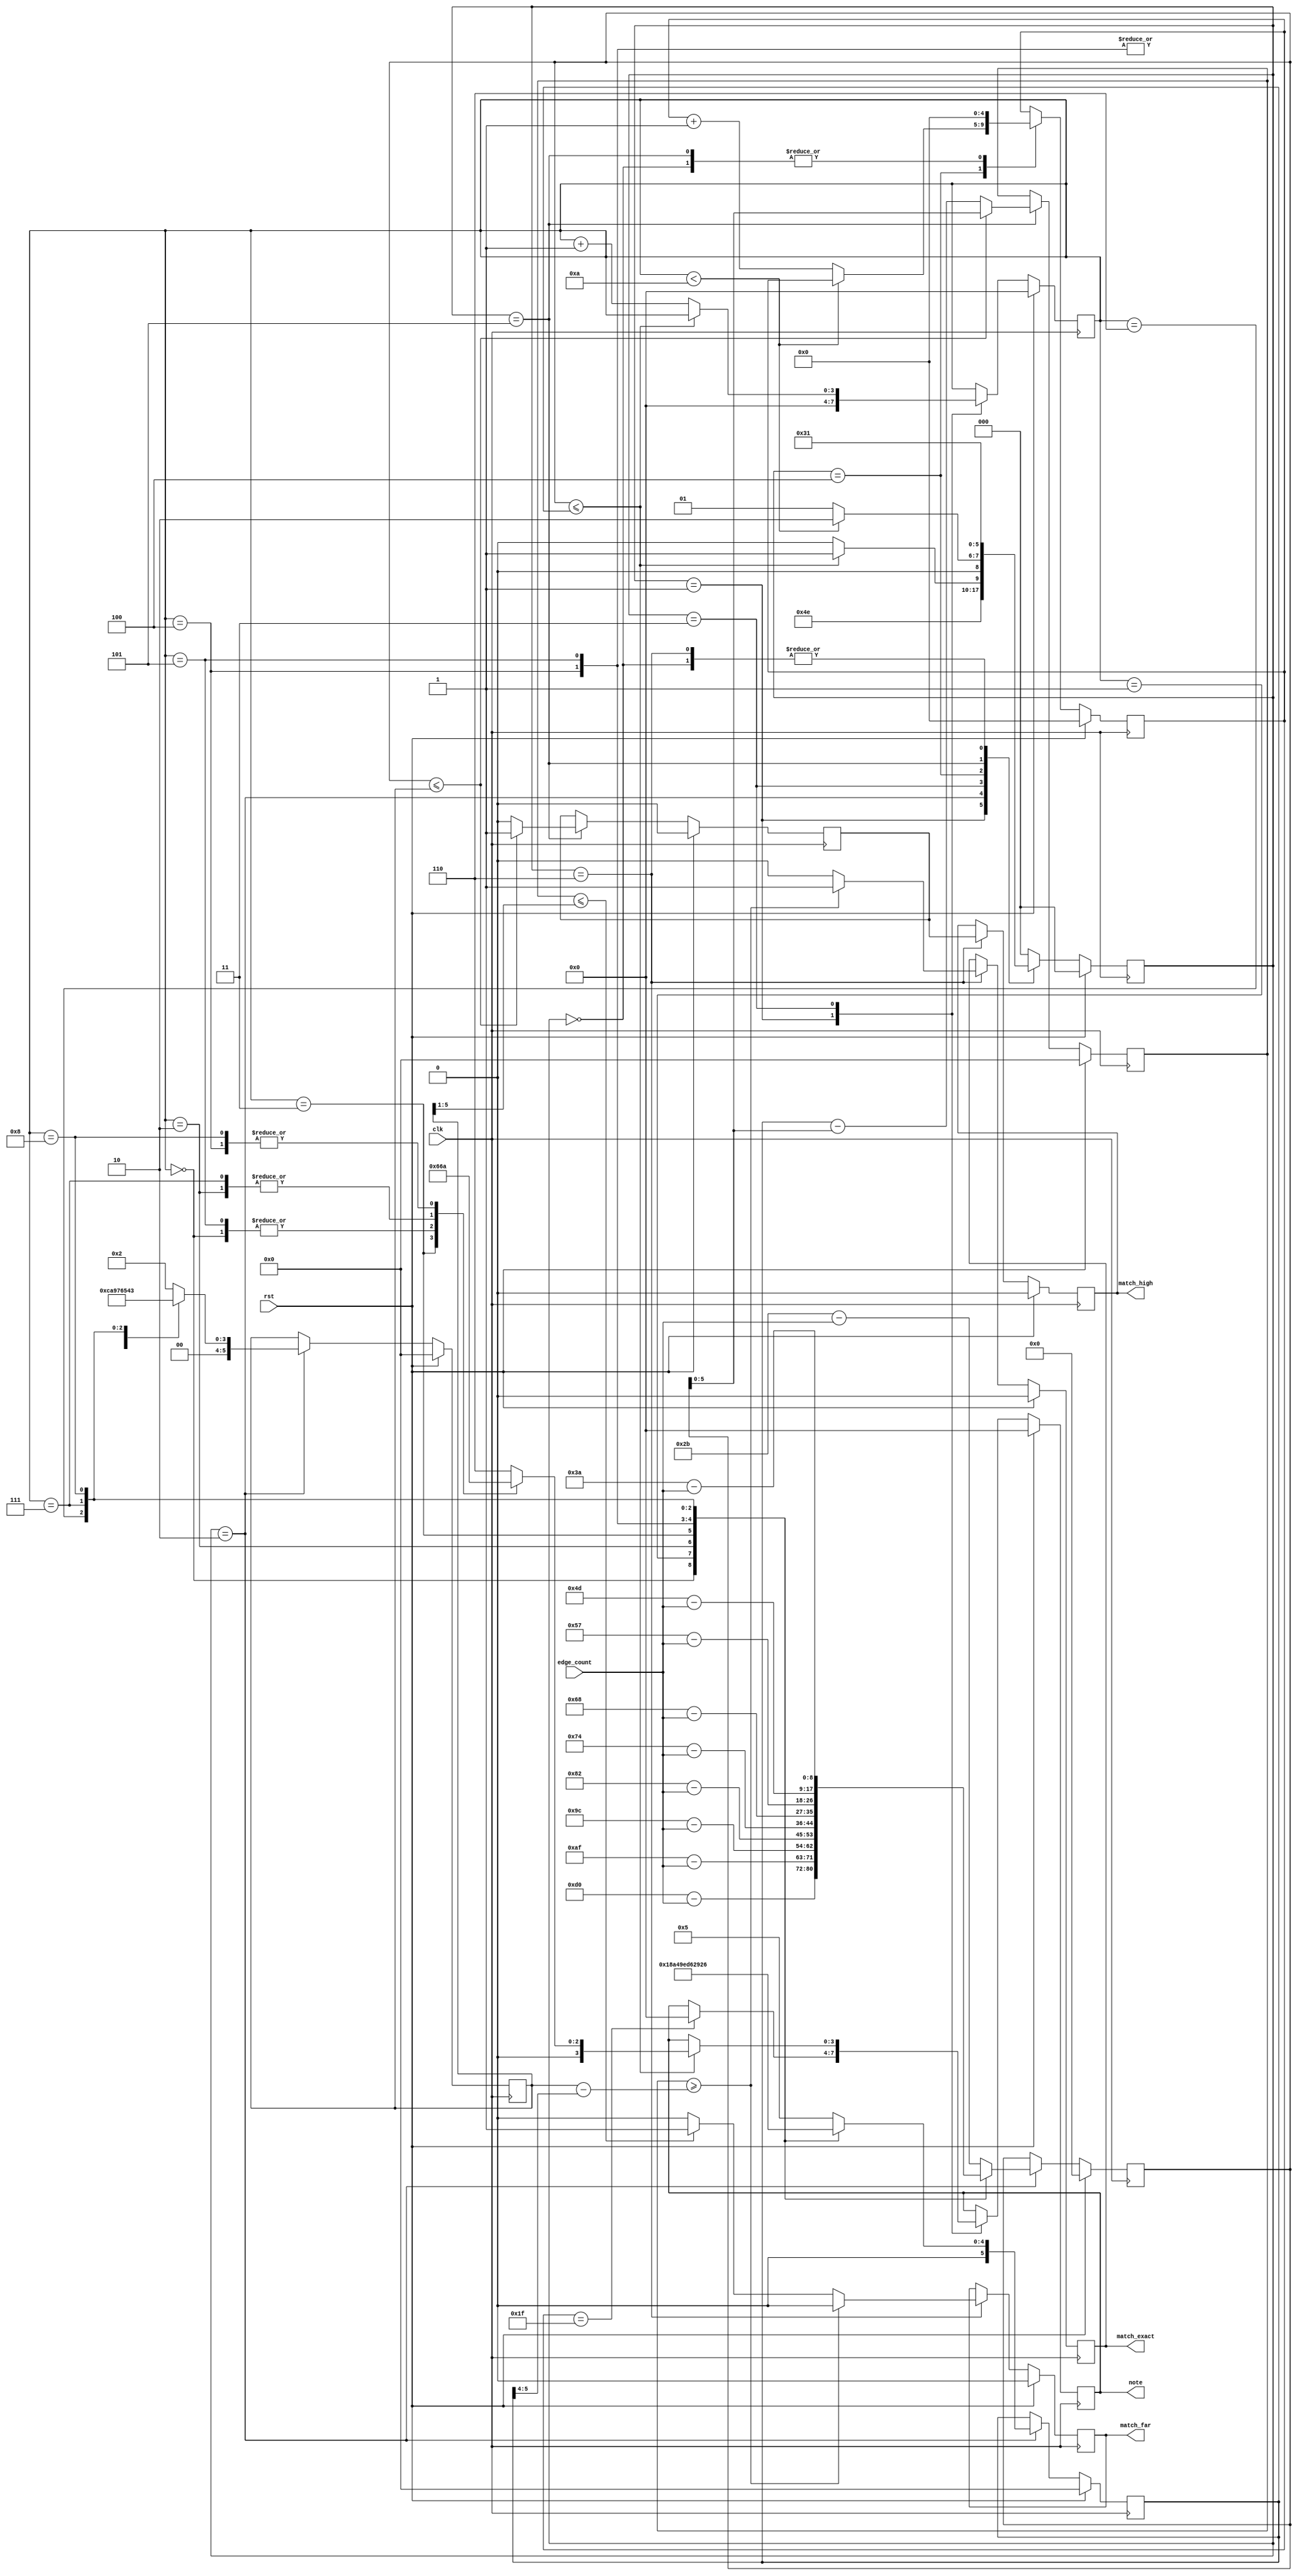
`default_nettype none
`timescale 1ns/1ps
/* Generated by Amaranth Yosys 0.25 (PyPI ver 0.25.0.0.post69, git sha1 e02b7f64b) */

module discriminator(rst, edge_count, note, match_exact, match_high, match_far, clk);
  reg \$auto$verilog_backend.cc:2083:dump_module$1  = 0;
  wire \$1 ;
  wire \$10 ;
  wire \$101 ;
  wire [4:0] \$12 ;
  wire [4:0] \$13 ;
  wire \$15 ;
  wire \$17 ;
  wire [3:0] \$19 ;
  wire [3:0] \$20 ;
  wire [3:0] \$22 ;
  wire [3:0] \$24 ;
  wire [3:0] \$26 ;
  wire [3:0] \$28 ;
  wire \$3 ;
  wire [3:0] \$30 ;
  wire [3:0] \$32 ;
  wire [3:0] \$34 ;
  wire [3:0] \$36 ;
  wire [3:0] \$38 ;
  wire [8:0] \$40 ;
  wire [8:0] \$42 ;
  wire [8:0] \$44 ;
  wire [8:0] \$46 ;
  wire [8:0] \$48 ;
  wire \$5 ;
  wire [8:0] \$50 ;
  wire [8:0] \$52 ;
  wire [8:0] \$54 ;
  wire [8:0] \$56 ;
  wire [8:0] \$58 ;
  wire [5:0] \$60 ;
  wire [5:0] \$62 ;
  wire [5:0] \$64 ;
  wire [5:0] \$66 ;
  wire [5:0] \$68 ;
  wire [5:0] \$7 ;
  wire [5:0] \$70 ;
  wire [5:0] \$72 ;
  wire [5:0] \$74 ;
  wire [5:0] \$76 ;
  wire [5:0] \$78 ;
  wire [5:0] \$8 ;
  wire \$80 ;
  wire [9:0] \$82 ;
  wire [9:0] \$83 ;
  wire \$85 ;
  wire [5:0] \$87 ;
  wire [6:0] \$89 ;
  wire \$91 ;
  wire [5:0] \$93 ;
  wire [6:0] \$95 ;
  wire \$97 ;
  wire [5:0] \$99 ;
  input clk;
  wire clk;
  reg [3:0] curNoteIndex = 4'h0;
  reg [3:0] \curNoteIndex$next ;
  (* enum_base_type = "DiscriminatorState" *)
  (* enum_value_000 = "PowerUp" *)
  (* enum_value_001 = "Init" *)
  (* enum_value_010 = "CalculateDiffFromTarget" *)
  (* enum_value_011 = "Compare" *)
  (* enum_value_100 = "MovedToNextCheckBounds" *)
  (* enum_value_101 = "DetectedValidNote" *)
  (* enum_value_110 = "DisplayResult" *)
  reg [2:0] curState = 3'h0;
  reg [2:0] \curState$next ;
  reg [5:0] detectionWindow = 6'h00;
  reg [5:0] \detectionWindow$next ;
  reg [5:0] detectionWindowMidPoint = 6'h00;
  reg [5:0] \detectionWindowMidPoint$next ;
  input [7:0] edge_count;
  wire [7:0] edge_count;
  reg inputFreqHigher = 1'h0;
  reg \inputFreqHigher$next ;
  output match_exact;
  reg match_exact = 1'h0;
  reg \match_exact$next ;
  output match_far;
  reg match_far = 1'h0;
  reg \match_far$next ;
  output match_high;
  reg match_high = 1'h0;
  reg \match_high$next ;
  reg [4:0] noMatchCount = 5'h00;
  reg [4:0] \noMatchCount$next ;
  output [3:0] note;
  reg [3:0] note = 4'h0;
  reg [3:0] \note$next ;
  reg [5:0] readingProximityResult = 6'h00;
  reg [5:0] \readingProximityResult$next ;
  input rst;
  wire rst;
  reg [8:0] subtractResult = 9'h000;
  reg [8:0] \subtractResult$next ;
  assign \$101  = readingProximityResult <= \$99 ;
  always @(posedge clk)
    curState <= \curState$next ;
  always @(posedge clk)
    noMatchCount <= \noMatchCount$next ;
  always @(posedge clk)
    curNoteIndex <= \curNoteIndex$next ;
  always @(posedge clk)
    note <= \note$next ;
  always @(posedge clk)
    subtractResult <= \subtractResult$next ;
  always @(posedge clk)
    detectionWindow <= \detectionWindow$next ;
  always @(posedge clk)
    detectionWindowMidPoint <= \detectionWindowMidPoint$next ;
  assign \$10  = subtractResult <= detectionWindow;
  always @(posedge clk)
    readingProximityResult <= \readingProximityResult$next ;
  always @(posedge clk)
    inputFreqHigher <= \inputFreqHigher$next ;
  always @(posedge clk)
    match_exact <= \match_exact$next ;
  always @(posedge clk)
    match_far <= \match_far$next ;
  always @(posedge clk)
    match_high <= \match_high$next ;
  assign \$13  = curNoteIndex + 1'h1;
  assign \$15  = noMatchCount == 5'h1f;
  assign \$17  = subtractResult <= detectionWindow;
  assign \$1  = subtractResult <= detectionWindow;
  assign \$3  = curNoteIndex < 4'ha;
  assign \$40  = 8'hd0 - edge_count;
  assign \$42  = 8'haf - edge_count;
  assign \$44  = 8'h9c - edge_count;
  assign \$46  = 8'h82 - edge_count;
  assign \$48  = 8'h74 - edge_count;
  assign \$50  = 8'h68 - edge_count;
  assign \$52  = 8'h57 - edge_count;
  assign \$54  = 8'h4d - edge_count;
  assign \$56  = 8'h3a - edge_count;
  assign \$58  = 8'h2b - edge_count;
  assign \$5  = curNoteIndex < 4'ha;
  assign \$80  = subtractResult <= detectionWindowMidPoint;
  assign \$83  = detectionWindow - subtractResult;
  assign \$85  = subtractResult <= detectionWindowMidPoint;
  assign \$8  = noMatchCount + 1'h1;
  assign \$89  = detectionWindowMidPoint - \$87 ;
  assign \$91  = readingProximityResult >= \$89 ;
  assign \$95  = detectionWindowMidPoint - \$93 ;
  assign \$97  = readingProximityResult >= \$95 ;
  always @* begin
    if (\$auto$verilog_backend.cc:2083:dump_module$1 ) begin end
    (* full_case = 32'd1 *)
    casez (curState)
      3'h0:
          \curState$next  = 3'h1;
      3'h1:
          \curState$next  = 3'h2;
      3'h2:
          \curState$next  = 3'h3;
      3'h3:
          (* full_case = 32'd1 *)
          casez (\$1 )
            1'h1:
                \curState$next  = 3'h5;
            default:
                \curState$next  = 3'h4;
          endcase
      3'h4:
          (* full_case = 32'd1 *)
          casez (\$3 )
            1'h1:
                \curState$next  = 3'h2;
            default:
                \curState$next  = 3'h1;
          endcase
      3'h5:
          \curState$next  = 3'h6;
      3'h6:
          \curState$next  = 3'h1;
      default:
          \curState$next  = 3'h0;
    endcase
    casez (rst)
      1'h1:
          \curState$next  = 3'h0;
    endcase
  end
  always @* begin
    if (\$auto$verilog_backend.cc:2083:dump_module$1 ) begin end
    \noMatchCount$next  = noMatchCount;
    casez (curState)
      3'h0:
          \noMatchCount$next  = 5'h00;
      3'h1:
          /* empty */;
      3'h2:
          /* empty */;
      3'h3:
          /* empty */;
      3'h4:
          (* full_case = 32'd1 *)
          casez (\$5 )
            1'h1:
                /* empty */;
            default:
                \noMatchCount$next  = \$8 [4:0];
          endcase
      3'h5:
          \noMatchCount$next  = 5'h00;
    endcase
    casez (rst)
      1'h1:
          \noMatchCount$next  = 5'h00;
    endcase
  end
  always @* begin
    if (\$auto$verilog_backend.cc:2083:dump_module$1 ) begin end
    \match_far$next  = match_far;
    casez (curState)
      3'h0:
          /* empty */;
      3'h1:
          /* empty */;
      3'h2:
          /* empty */;
      3'h3:
          /* empty */;
      3'h4:
          /* empty */;
      3'h5:
          /* empty */;
      3'h6:
          (* full_case = 32'd1 *)
          casez (\$97 )
            1'h1:
                \match_far$next  = 1'h0;
            default:
                (* full_case = 32'd1 *)
                casez (\$101 )
                  1'h1:
                      \match_far$next  = 1'h1;
                  default:
                      \match_far$next  = 1'h0;
                endcase
          endcase
    endcase
    casez (rst)
      1'h1:
          \match_far$next  = 1'h0;
    endcase
  end
  always @* begin
    if (\$auto$verilog_backend.cc:2083:dump_module$1 ) begin end
    \match_high$next  = match_high;
    casez (curState)
      3'h0:
          /* empty */;
      3'h1:
          /* empty */;
      3'h2:
          /* empty */;
      3'h3:
          /* empty */;
      3'h4:
          /* empty */;
      3'h5:
          /* empty */;
      3'h6:
          \match_high$next  = inputFreqHigher;
    endcase
    casez (rst)
      1'h1:
          \match_high$next  = 1'h0;
    endcase
  end
  always @* begin
    if (\$auto$verilog_backend.cc:2083:dump_module$1 ) begin end
    \curNoteIndex$next  = curNoteIndex;
    casez (curState)
      3'h0:
          /* empty */;
      3'h1:
          \curNoteIndex$next  = 4'h0;
      3'h2:
          /* empty */;
      3'h3:
          (* full_case = 32'd1 *)
          casez (\$10 )
            1'h1:
                /* empty */;
            default:
                \curNoteIndex$next  = \$13 [3:0];
          endcase
    endcase
    casez (rst)
      1'h1:
          \curNoteIndex$next  = 4'h0;
    endcase
  end
  always @* begin
    if (\$auto$verilog_backend.cc:2083:dump_module$1 ) begin end
    \note$next  = note;
    casez (curState)
      3'h0:
          /* empty */;
      3'h1:
          casez (\$15 )
            1'h1:
                \note$next  = 4'h0;
          endcase
      3'h2:
          /* empty */;
      3'h3:
          casez (\$17 )
            1'h1:
                (* full_case = 32'd1 *)
                casez (curNoteIndex)
                  4'h0:
                      \note$next  = \$20 ;
                  4'h1:
                      \note$next  = \$22 ;
                  4'h2:
                      \note$next  = \$24 ;
                  4'h3:
                      \note$next  = \$26 ;
                  4'h4:
                      \note$next  = \$28 ;
                  4'h5:
                      \note$next  = \$30 ;
                  4'h6:
                      \note$next  = \$32 ;
                  4'h7:
                      \note$next  = \$34 ;
                  4'h8:
                      \note$next  = \$36 ;
                  4'h?:
                      \note$next  = \$38 ;
                endcase
          endcase
    endcase
    casez (rst)
      1'h1:
          \note$next  = 4'h0;
    endcase
  end
  always @* begin
    if (\$auto$verilog_backend.cc:2083:dump_module$1 ) begin end
    \subtractResult$next  = subtractResult;
    casez (curState)
      3'h0:
          /* empty */;
      3'h1:
          /* empty */;
      3'h2:
          (* full_case = 32'd1 *)
          casez (curNoteIndex)
            4'h0:
                \subtractResult$next  = \$40 ;
            4'h1:
                \subtractResult$next  = \$42 ;
            4'h2:
                \subtractResult$next  = \$44 ;
            4'h3:
                \subtractResult$next  = \$46 ;
            4'h4:
                \subtractResult$next  = \$48 ;
            4'h5:
                \subtractResult$next  = \$50 ;
            4'h6:
                \subtractResult$next  = \$52 ;
            4'h7:
                \subtractResult$next  = \$54 ;
            4'h8:
                \subtractResult$next  = \$56 ;
            4'h?:
                \subtractResult$next  = \$58 ;
          endcase
    endcase
    casez (rst)
      1'h1:
          \subtractResult$next  = 9'h000;
    endcase
  end
  always @* begin
    if (\$auto$verilog_backend.cc:2083:dump_module$1 ) begin end
    \detectionWindow$next  = detectionWindow;
    casez (curState)
      3'h0:
          /* empty */;
      3'h1:
          /* empty */;
      3'h2:
          (* full_case = 32'd1 *)
          casez (curNoteIndex)
            4'h0:
                \detectionWindow$next  = 6'h18;
            4'h1:
                \detectionWindow$next  = 6'h14;
            4'h2:
                \detectionWindow$next  = 6'h12;
            4'h3:
                \detectionWindow$next  = 6'h0f;
            4'h4:
                \detectionWindow$next  = 6'h0d;
            4'h5:
                \detectionWindow$next  = 6'h0c;
            4'h6:
                \detectionWindow$next  = 6'h0a;
            4'h7:
                \detectionWindow$next  = 6'h09;
            4'h8:
                \detectionWindow$next  = 6'h06;
            4'h?:
                \detectionWindow$next  = 6'h05;
          endcase
    endcase
    casez (rst)
      1'h1:
          \detectionWindow$next  = 6'h00;
    endcase
  end
  always @* begin
    if (\$auto$verilog_backend.cc:2083:dump_module$1 ) begin end
    \detectionWindowMidPoint$next  = detectionWindowMidPoint;
    casez (curState)
      3'h0:
          /* empty */;
      3'h1:
          /* empty */;
      3'h2:
          (* full_case = 32'd1 *)
          casez (curNoteIndex)
            4'h0:
                \detectionWindowMidPoint$next  = \$60 ;
            4'h1:
                \detectionWindowMidPoint$next  = \$62 ;
            4'h2:
                \detectionWindowMidPoint$next  = \$64 ;
            4'h3:
                \detectionWindowMidPoint$next  = \$66 ;
            4'h4:
                \detectionWindowMidPoint$next  = \$68 ;
            4'h5:
                \detectionWindowMidPoint$next  = \$70 ;
            4'h6:
                \detectionWindowMidPoint$next  = \$72 ;
            4'h7:
                \detectionWindowMidPoint$next  = \$74 ;
            4'h8:
                \detectionWindowMidPoint$next  = \$76 ;
            4'h?:
                \detectionWindowMidPoint$next  = \$78 ;
          endcase
    endcase
    casez (rst)
      1'h1:
          \detectionWindowMidPoint$next  = 6'h00;
    endcase
  end
  always @* begin
    if (\$auto$verilog_backend.cc:2083:dump_module$1 ) begin end
    \readingProximityResult$next  = readingProximityResult;
    casez (curState)
      3'h0:
          /* empty */;
      3'h1:
          /* empty */;
      3'h2:
          /* empty */;
      3'h3:
          /* empty */;
      3'h4:
          /* empty */;
      3'h5:
          (* full_case = 32'd1 *)
          casez (\$80 )
            1'h1:
                \readingProximityResult$next  = subtractResult[5:0];
            default:
                \readingProximityResult$next  = \$83 [5:0];
          endcase
    endcase
    casez (rst)
      1'h1:
          \readingProximityResult$next  = 6'h00;
    endcase
  end
  always @* begin
    if (\$auto$verilog_backend.cc:2083:dump_module$1 ) begin end
    \inputFreqHigher$next  = inputFreqHigher;
    casez (curState)
      3'h0:
          /* empty */;
      3'h1:
          /* empty */;
      3'h2:
          /* empty */;
      3'h3:
          /* empty */;
      3'h4:
          /* empty */;
      3'h5:
          (* full_case = 32'd1 *)
          casez (\$85 )
            1'h1:
                \inputFreqHigher$next  = 1'h1;
            default:
                \inputFreqHigher$next  = 1'h0;
          endcase
    endcase
    casez (rst)
      1'h1:
          \inputFreqHigher$next  = 1'h0;
    endcase
  end
  always @* begin
    if (\$auto$verilog_backend.cc:2083:dump_module$1 ) begin end
    \match_exact$next  = match_exact;
    casez (curState)
      3'h0:
          /* empty */;
      3'h1:
          /* empty */;
      3'h2:
          /* empty */;
      3'h3:
          /* empty */;
      3'h4:
          /* empty */;
      3'h5:
          /* empty */;
      3'h6:
          (* full_case = 32'd1 *)
          casez (\$91 )
            1'h1:
                \match_exact$next  = 1'h1;
            default:
                \match_exact$next  = 1'h0;
          endcase
    endcase
    casez (rst)
      1'h1:
          \match_exact$next  = 1'h0;
    endcase
  end
  assign \$7  = \$8 ;
  assign \$12  = \$13 ;
  assign \$82  = \$83 ;
  assign \$20  = 4'h1;
  assign \$22  = 4'h6;
  assign \$24  = 4'h5;
  assign \$26  = 4'h3;
  assign \$28  = 4'h2;
  assign \$30  = 4'h1;
  assign \$32  = 4'h6;
  assign \$34  = 4'h5;
  assign \$36  = 4'h2;
  assign \$38  = 4'h6;
  assign \$60  = 6'h0c;
  assign \$62  = 6'h0a;
  assign \$64  = 6'h09;
  assign \$66  = 6'h07;
  assign \$68  = 6'h06;
  assign \$70  = 6'h06;
  assign \$72  = 6'h05;
  assign \$74  = 6'h04;
  assign \$76  = 6'h03;
  assign \$78  = 6'h02;
  assign \$87  = { 4'h0, detectionWindow[5:4] };
  assign \$93  = { 4'h0, detectionWindow[5:4] };
  assign \$99  = { 1'h0, detectionWindowMidPoint[5:1] };
endmodule

module display(rst, valueNote, valueProxim, segments, proximitySelect, clk);
  reg \$auto$verilog_backend.cc:2083:dump_module$2  = 0;
  wire \$1 ;
  input clk;
  wire clk;
  wire [7:0] notedisplay_segments;
  reg [2:0] notedisplay_value = 3'h0;
  reg [2:0] \notedisplay_value$next ;
  wire [7:0] proxdisplay_segments;
  reg [2:0] proxdisplay_value = 3'h0;
  reg [2:0] \proxdisplay_value$next ;
  output proximitySelect;
  reg proximitySelect = 1'h0;
  reg \proximitySelect$next ;
  input rst;
  wire rst;
  output [7:0] segments;
  reg [7:0] segments = 8'h00;
  reg [7:0] \segments$next ;
  input [3:0] valueNote;
  wire [3:0] valueNote;
  input [2:0] valueProxim;
  wire [2:0] valueProxim;
  assign \$1  = ! valueNote;
  always @(posedge clk)
    notedisplay_value <= \notedisplay_value$next ;
  always @(posedge clk)
    proxdisplay_value <= \proxdisplay_value$next ;
  always @(posedge clk)
    proximitySelect <= \proximitySelect$next ;
  always @(posedge clk)
    segments <= \segments$next ;
  notedisplay notedisplay (
    .clk(clk),
    .rst(rst),
    .segments(notedisplay_segments),
    .value(notedisplay_value)
  );
  proxdisplay proxdisplay (
    .clk(clk),
    .rst(rst),
    .segments(proxdisplay_segments),
    .value(proxdisplay_value)
  );
  always @* begin
    if (\$auto$verilog_backend.cc:2083:dump_module$2 ) begin end
    \notedisplay_value$next  = valueNote[2:0];
    casez (rst)
      1'h1:
          \notedisplay_value$next  = 3'h0;
    endcase
  end
  always @* begin
    if (\$auto$verilog_backend.cc:2083:dump_module$2 ) begin end
    \proxdisplay_value$next  = valueProxim;
    casez (rst)
      1'h1:
          \proxdisplay_value$next  = 3'h0;
    endcase
  end
  always @* begin
    if (\$auto$verilog_backend.cc:2083:dump_module$2 ) begin end
    \proximitySelect$next  = 1'h1;
    casez (proximitySelect)
      1'h1:
          \proximitySelect$next  = 1'h0;
    endcase
    casez (rst)
      1'h1:
          \proximitySelect$next  = 1'h0;
    endcase
  end
  always @* begin
    if (\$auto$verilog_backend.cc:2083:dump_module$2 ) begin end
    (* full_case = 32'd1 *)
    casez (proximitySelect)
      1'h1:
          (* full_case = 32'd1 *)
          casez (\$1 )
            1'h1:
                \segments$next  = notedisplay_segments;
            default:
                \segments$next  = proxdisplay_segments;
          endcase
      default:
          \segments$next  = notedisplay_segments;
    endcase
    casez (rst)
      1'h1:
          \segments$next  = 8'h00;
    endcase
  end
endmodule

module edge_detect(rst, \input , \output , clk);
  reg \$auto$verilog_backend.cc:2083:dump_module$3  = 0;
  wire \$1 ;
  wire \$3 ;
  input clk;
  wire clk;
  wire ffsync_syncOut;
  input \input ;
  wire \input ;
  output \output ;
  reg \output  = 1'h0;
  reg \output$next ;
  input rst;
  wire rst;
  reg seenRising = 1'h0;
  reg \seenRising$next ;
  assign \$1  = ~ seenRising;
  assign \$3  = ~ seenRising;
  always @(posedge clk)
    \output  <= \output$next ;
  always @(posedge clk)
    seenRising <= \seenRising$next ;
  ffsync ffsync (
    .clk(clk),
    .\input (\input ),
    .rst(rst),
    .syncOut(ffsync_syncOut)
  );
  always @* begin
    if (\$auto$verilog_backend.cc:2083:dump_module$3 ) begin end
    \output$next  = 1'h0;
    casez (ffsync_syncOut)
      1'h1:
          casez (\$1 )
            1'h1:
                \output$next  = 1'h1;
          endcase
    endcase
    casez (rst)
      1'h1:
          \output$next  = 1'h0;
    endcase
  end
  always @* begin
    if (\$auto$verilog_backend.cc:2083:dump_module$3 ) begin end
    \seenRising$next  = seenRising;
    (* full_case = 32'd1 *)
    casez (ffsync_syncOut)
      1'h1:
          casez (\$3 )
            1'h1:
                \seenRising$next  = 1'h1;
          endcase
      default:
          \seenRising$next  = 1'h0;
    endcase
    casez (rst)
      1'h1:
          \seenRising$next  = 1'h0;
    endcase
  end
endmodule

module ffsync(rst, \input , syncOut, clk);
  input clk;
  wire clk;
  input \input ;
  wire \input ;
  input rst;
  wire rst;
  reg stage0 = 1'h0;
  wire \stage0$next ;
  reg stage1 = 1'h0;
  wire \stage1$next ;
  output syncOut;
  wire syncOut;
  always @(posedge clk)
    stage0 <= \stage0$next ;
  always @(posedge clk)
    stage1 <= \stage1$next ;
  assign syncOut = stage1;
  assign \stage1$next  = stage0;
  assign \stage0$next  = \input ;
endmodule

module notedisplay(rst, value, segments, clk);
  reg \$auto$verilog_backend.cc:2083:dump_module$4  = 0;
  wire \$1 ;
  input clk;
  wire clk;
  input rst;
  wire rst;
  output [7:0] segments;
  reg [7:0] segments = 8'h00;
  reg [7:0] \segments$next ;
  input [2:0] value;
  wire [2:0] value;
  assign \$1  = value < 4'h8;
  always @(posedge clk)
    segments <= \segments$next ;
  always @* begin
    if (\$auto$verilog_backend.cc:2083:dump_module$4 ) begin end
    \segments$next  = 8'h00;
    casez (\$1 )
      1'h1:
          (* full_case = 32'd1 *)
          casez (value)
            3'h0:
                \segments$next  = 8'h02;
            3'h1:
                \segments$next  = 8'hf6;
            3'h2:
                \segments$next  = 8'hee;
            3'h3:
                \segments$next  = 8'h3e;
            3'h4:
                \segments$next  = 8'h9c;
            3'h5:
                \segments$next  = 8'h7a;
            3'h6:
                \segments$next  = 8'h9e;
            3'h?:
                \segments$next  = 8'h8e;
          endcase
    endcase
    casez (rst)
      1'h1:
          \segments$next  = 8'h00;
    endcase
  end
endmodule

module proxdisplay(rst, value, segments, clk);
  reg \$auto$verilog_backend.cc:2083:dump_module$5  = 0;
  wire \$1 ;
  input clk;
  wire clk;
  input rst;
  wire rst;
  output [7:0] segments;
  reg [7:0] segments = 8'h00;
  reg [7:0] \segments$next ;
  input [2:0] value;
  wire [2:0] value;
  assign \$1  = value < 4'h8;
  always @(posedge clk)
    segments <= \segments$next ;
  always @* begin
    if (\$auto$verilog_backend.cc:2083:dump_module$5 ) begin end
    \segments$next  = 8'h00;
    casez (\$1 )
      1'h1:
          (* full_case = 32'd1 *)
          casez (value)
            3'h0:
                \segments$next  = 8'h2a;
            3'h1:
                \segments$next  = 8'h01;
            3'h2:
                \segments$next  = 8'h46;
            3'h3:
                \segments$next  = 8'h01;
            3'h4:
                \segments$next  = 8'h38;
            3'h5:
                \segments$next  = 8'h01;
            3'h6:
                \segments$next  = 8'hc4;
            3'h?:
                \segments$next  = 8'h01;
          endcase
    endcase
    casez (rst)
      1'h1:
          \segments$next  = 8'h00;
    endcase
  end
endmodule

module pulsecounter(rst, \input , clock_config, pulseCount, clk);
  reg \$auto$verilog_backend.cc:2083:dump_module$6  = 0;
  wire [15:0] \$1 ;
  wire \$10 ;
  wire [15:0] \$12 ;
  wire [15:0] \$13 ;
  wire [15:0] \$2 ;
  wire \$4 ;
  wire \$6 ;
  wire \$8 ;
  input clk;
  wire clk;
  reg [14:0] clockCount = 15'h0000;
  reg [14:0] \clockCount$next ;
  input [2:0] clock_config;
  wire [2:0] clock_config;
  wire edge_detect_input;
  wire edge_detect_output;
  input \input ;
  wire \input ;
  output [14:0] pulseCount;
  reg [14:0] pulseCount = 15'h0000;
  reg [14:0] \pulseCount$next ;
  input rst;
  wire rst;
  reg [14:0] runningPulseCount = 15'h0000;
  reg [14:0] \runningPulseCount$next ;
  reg [14:0] singlePeriodClockCount = 15'h0000;
  reg [14:0] \singlePeriodClockCount$next ;
  assign \$10  = ! clockCount;
  assign \$13  = runningPulseCount + 1'h1;
  always @(posedge clk)
    clockCount <= \clockCount$next ;
  always @(posedge clk)
    singlePeriodClockCount <= \singlePeriodClockCount$next ;
  always @(posedge clk)
    pulseCount <= \pulseCount$next ;
  always @(posedge clk)
    runningPulseCount <= \runningPulseCount$next ;
  assign \$2  = clockCount + 1'h1;
  assign \$4  = clockCount == singlePeriodClockCount;
  assign \$6  = clockCount == singlePeriodClockCount;
  assign \$8  = clockCount == singlePeriodClockCount;
  edge_detect edge_detect (
    .clk(clk),
    .\input (edge_detect_input),
    .\output (edge_detect_output),
    .rst(rst)
  );
  always @* begin
    if (\$auto$verilog_backend.cc:2083:dump_module$6 ) begin end
    \clockCount$next  = \$2 [14:0];
    casez (\$4 )
      1'h1:
          \clockCount$next  = 15'h0000;
    endcase
    casez (rst)
      1'h1:
          \clockCount$next  = 15'h0000;
    endcase
  end
  always @* begin
    if (\$auto$verilog_backend.cc:2083:dump_module$6 ) begin end
    \singlePeriodClockCount$next  = singlePeriodClockCount;
    casez (clock_config)
      3'h0:
          \singlePeriodClockCount$next  = 15'h01f4;
      3'h1:
          \singlePeriodClockCount$next  = 15'h03e8;
      3'h3:
          \singlePeriodClockCount$next  = 15'h0667;
      3'h2:
          \singlePeriodClockCount$next  = 15'h07d0;
    endcase
    casez (rst)
      1'h1:
          \singlePeriodClockCount$next  = 15'h0000;
    endcase
  end
  always @* begin
    if (\$auto$verilog_backend.cc:2083:dump_module$6 ) begin end
    \pulseCount$next  = pulseCount;
    casez (\$6 )
      1'h1:
          \pulseCount$next  = runningPulseCount;
    endcase
    casez (rst)
      1'h1:
          \pulseCount$next  = 15'h0000;
    endcase
  end
  always @* begin
    if (\$auto$verilog_backend.cc:2083:dump_module$6 ) begin end
    \runningPulseCount$next  = runningPulseCount;
    (* full_case = 32'd1 *)
    casez (\$8 )
      1'h1:
          /* empty */;
      default:
          (* full_case = 32'd1 *)
          casez (\$10 )
            1'h1:
                (* full_case = 32'd1 *)
                casez (edge_detect_output)
                  1'h1:
                      \runningPulseCount$next  = 15'h0001;
                  default:
                      \runningPulseCount$next  = 15'h0000;
                endcase
            default:
                casez (edge_detect_output)
                  1'h1:
                      \runningPulseCount$next  = \$13 [14:0];
                endcase
          endcase
    endcase
    casez (rst)
      1'h1:
          \runningPulseCount$next  = 15'h0000;
    endcase
  end
  assign \$1  = \$2 ;
  assign \$12  = \$13 ;
  assign edge_detect_input = \input ;
endmodule

module tt_um_psychogenic_neptuneproportional(uo_out, uio_in, uio_out, uio_oe, ena, clk, rst_n, ui_in);
  wire \$1 ;
  input clk;
  wire clk;
  input ena;
  wire ena;
  wire input_pulses;
  input rst_n;
  wire rst_n;
  wire tuner_clk;
  wire [2:0] tuner_clock_config;
  wire [7:0] tuner_displaySegments;
  wire tuner_displaySelect;
  wire tuner_input_pulses;
  wire [7:0] tuner_pulseCount;
  wire tuner_rst;
  input [7:0] ui_in;
  wire [7:0] ui_in;
  input [7:0] uio_in;
  wire [7:0] uio_in;
  output [7:0] uio_oe;
  wire [7:0] uio_oe;
  output [7:0] uio_out;
  wire [7:0] uio_out;
  output [7:0] uo_out;
  wire [7:0] uo_out;
  assign \$1  = ~ rst_n;
  tuner tuner (
    .clk(tuner_clk),
    .clock_config(tuner_clock_config),
    .displaySegments(tuner_displaySegments),
    .displaySelect(tuner_displaySelect),
    .input_pulses(tuner_input_pulses),
    .pulseCount(tuner_pulseCount),
    .rst(tuner_rst)
  );
  assign uo_out = { tuner_displaySelect, tuner_displaySegments[7:1] };
  assign tuner_input_pulses = input_pulses;
  assign tuner_clock_config = ui_in[4:2];
  assign uio_out = tuner_pulseCount;
  assign input_pulses = ui_in[5];
  assign uio_oe = 8'hff;
  assign tuner_rst = \$1 ;
  assign tuner_clk = clk;
endmodule

module tuner(rst, pulseCount, clock_config, input_pulses, displaySegments, displaySelect, clk);
  input clk;
  wire clk;
  input [2:0] clock_config;
  wire [2:0] clock_config;
  wire [7:0] discriminator_edge_count;
  wire discriminator_match_exact;
  wire discriminator_match_far;
  wire discriminator_match_high;
  wire [3:0] discriminator_note;
  output [7:0] displaySegments;
  wire [7:0] displaySegments;
  output displaySelect;
  wire displaySelect;
  wire display_proximitySelect;
  wire [7:0] display_segments;
  wire [3:0] display_valueNote;
  wire [2:0] display_valueProxim;
  input input_pulses;
  wire input_pulses;
  output [7:0] pulseCount;
  wire [7:0] pulseCount;
  wire [2:0] pulsecounter_clock_config;
  wire pulsecounter_input;
  wire [14:0] pulsecounter_pulseCount;
  input rst;
  wire rst;
  discriminator discriminator (
    .clk(clk),
    .edge_count(discriminator_edge_count),
    .match_exact(discriminator_match_exact),
    .match_far(discriminator_match_far),
    .match_high(discriminator_match_high),
    .note(discriminator_note),
    .rst(rst)
  );
  display display (
    .clk(clk),
    .proximitySelect(display_proximitySelect),
    .rst(rst),
    .segments(display_segments),
    .valueNote(display_valueNote),
    .valueProxim(display_valueProxim)
  );
  pulsecounter pulsecounter (
    .clk(clk),
    .clock_config(pulsecounter_clock_config),
    .\input (pulsecounter_input),
    .pulseCount(pulsecounter_pulseCount),
    .rst(rst)
  );
  assign pulseCount = pulsecounter_pulseCount[7:0];
  assign displaySelect = display_proximitySelect;
  assign displaySegments = display_segments;
  assign display_valueProxim = { discriminator_match_far, discriminator_match_high, discriminator_match_exact };
  assign display_valueNote = discriminator_note;
  assign discriminator_edge_count = pulsecounter_pulseCount[7:0];
  assign pulsecounter_clock_config = clock_config;
  assign pulsecounter_input = input_pulses;
endmodule